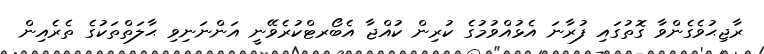
ރާޖިޙުވެގެންވާ ގޮތުގައި ފުރާނަ އެޅުއްވުމުގެ ކުރިން ކުއްޖާ އެބޯރޓްކުރެވޭނީ އަންނަނިވި ޙާލަތްތަކުގެ ތެރެއިން